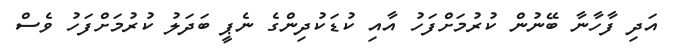
އަދި ފާހާނާ ބޭނުން ކުރުމަށްފަހު އާއި ކުޑަކުދިންގެ ނެޕީ ބަދަލު ކުރުމަށްފަހު ވެސް